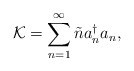
\begin{align*}{\cal K} = \sum_{n=1}^\infty \tilde{n} a_n^\dagger a_n,\end{align*}